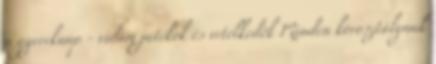
a gyereknap - vidám játékok és vetélkedők Minden korosztálynak